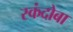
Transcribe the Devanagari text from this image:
स्कंदोबा